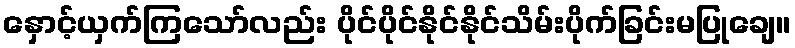
နှောင့်ယှက်ကြသော်လည်း ပိုင်ပိုင်နိုင်နိုင်သိမ်းပိုက်ခြင်းမပြုချေ။